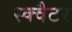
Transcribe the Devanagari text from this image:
स्क्वैटर